Scientific memoirs by medical officers of the Army of India - Part V,
Year: 1890
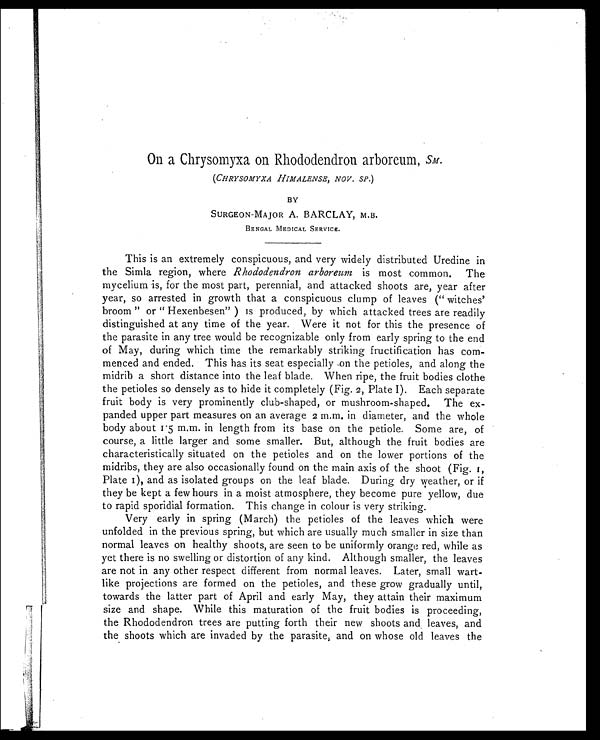
On a Chrysomyxa on Rhododendron arboreum, SM.
( CHRYSOMYXA HIMALENSE, NOV. SP.)
BY
SURGEON-MAJOR A. BARCLAY, M.B.
BENGAL MEDICAL SERVICE.
This is an extremely conspicuous, and very widely distributed Uredine in
the Simla region, where Rhododendron arboreum is most common. The
mycelium is, for the most part, perennial, and attacked shoots are, year after
year, so arrested in growth that a conspicuous clump of leaves ("witches'
broom" or "Hexenbesen") is produced, by which attacked trees are readily
distinguished at any time of the year. Were it not for this the presence of
the parasite in any tree would be recognizable only from early spring to the end
of May, during which time the remarkably striking fructification has com-
menced and ended. This has its seat especially on the petioles, and along the
midrib a short distance into the leaf blade. When ripe, the fruit bodies clothe
the petioles so densely as to hide it completely (Fig. 2, Plate I). Each separate
fruit body is very prominently club-shaped, or mushroom-shaped. The ex-
panded upper part measures on an average 2 m.m. in diameter, and the whole
body about 1.5 m.m. in length from its base on the petiole. Some are, of
course, a little larger and some smaller. But, although the fruit bodies are
characteristically situated on the petioles and on the lower portions of the
midribs, they are also occasionally found on the main axis of the shoot (Fig. I,
Plate I), and as isolated groups on the leaf blade. During dry weather, or if
they be kept a few hours in a moist atmosphere, they become pure yellow, due
to rapid sporidial formation. This change in colour is very striking.
Very early in spring (March) the petioles of the leaves which were
unfolded in the previous spring, but which are usually much smaller in size than
normal leaves on healthy shoots, are seen to be uniformly orange red, while as
yet there is no swelling or distortion of any kind. Although smaller, the leaves
are not in any other respect different from normal leaves. Later, small wart-
like projections are formed on the petioles, and these grow gradually until,
towards the latter part of April and early May, they attain their maximum
size and shape. While this maturation of the fruit bodies is proceeding,
the Rhododendron trees are putting forth their new shoots and leaves, and
the shoots which are invaded by the parasite, and on whose old leaves the
3